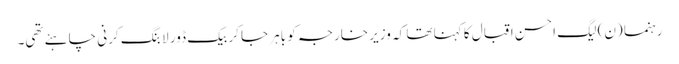
رہنما (ن) لیگ احسن اقبال کا کہنا تھا کہ وزیر خارجہ کو باہر جا کر بیک ڈور لابنگ کرنی چاہئے تھی۔